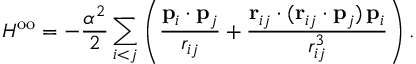
H ^ { \mathrm { o o } } = - \frac { \alpha ^ { 2 } } { 2 } \sum _ { i < j } \left( \frac { \mathbf { p } _ { i } \cdot \mathbf { p } _ { j } } { r _ { i j } } + \frac { \mathbf { r } _ { i j } \cdot ( \mathbf { r } _ { i j } \cdot \mathbf { p } _ { j } ) \, \mathbf { p } _ { i } } { r _ { i j } ^ { 3 } } \right) .